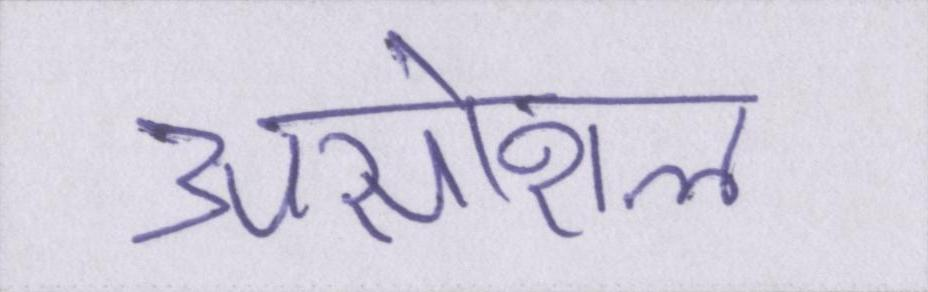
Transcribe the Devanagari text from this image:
असोशल